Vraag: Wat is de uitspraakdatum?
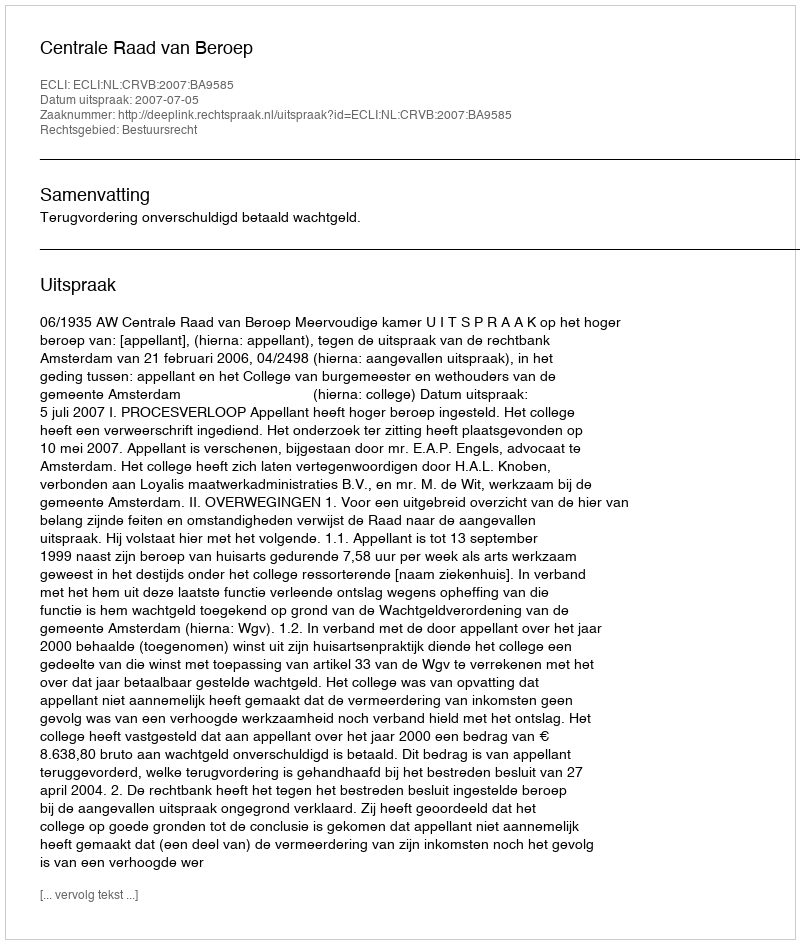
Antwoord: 2007-07-05